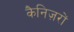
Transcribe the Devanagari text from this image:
कैनिज़रों